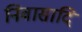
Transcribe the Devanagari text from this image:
निवासादि